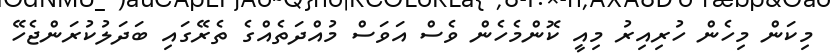
މިކަން މިހެން ހުރިއިރު މިއީ ކޮންމެހެން ވެސް އަވަސް މުއްދަތެއްގެ ތެރޭގައި ބަދަލުކުރަންޖެހޭ